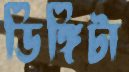
ডিঙ্গিটা